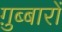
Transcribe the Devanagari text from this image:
ग़ुब्बारों